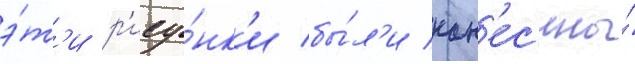
э́т'и р'ису́нк'и бы́л'и нан'ес'ены́